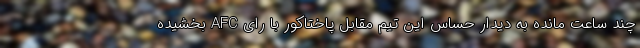
چند ساعت مانده به دیدار حساس این تیم مقابل پاختاکور با رای AFC بخشیده